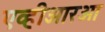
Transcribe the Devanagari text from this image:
एव्हीआरओ